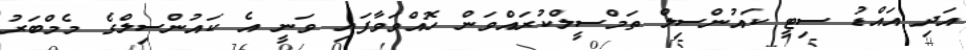
އަދި އައްޑު ސިޓީ ކައުންސިލް ތަމްސީލްކުރައްވަން ހޮއްވަވާފައި ވަނީ އެ ކައުންސިލްގެ މެމްބަރު